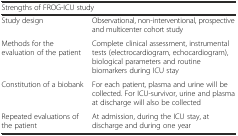
| <COLSPAN=2> Strengths of FROG-ICU study |
 | --- | --- |
 | Study design | Observational, non-interventional, prospective and multicenter cohort study |
 | Methods for the evaluation of the patient | Complete clinical assessment, instrumental tests (electrocardiogram, echocardiogram), biological parameters and routine biomarkers during ICU stay |
 | Constitution of a biobank | For each patient, plasma and urine will be collected. For ICU-survivor, urine and plasma at discharge will also be collected |
 | Repeated evaluations of the patient | At admission, during the ICU stay, at discharge and during one year |